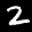
Label: 2